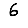
Digit: 6